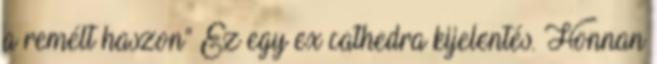
a remélt haszon” Ez egy ex cathedra kijelentés. Honnan